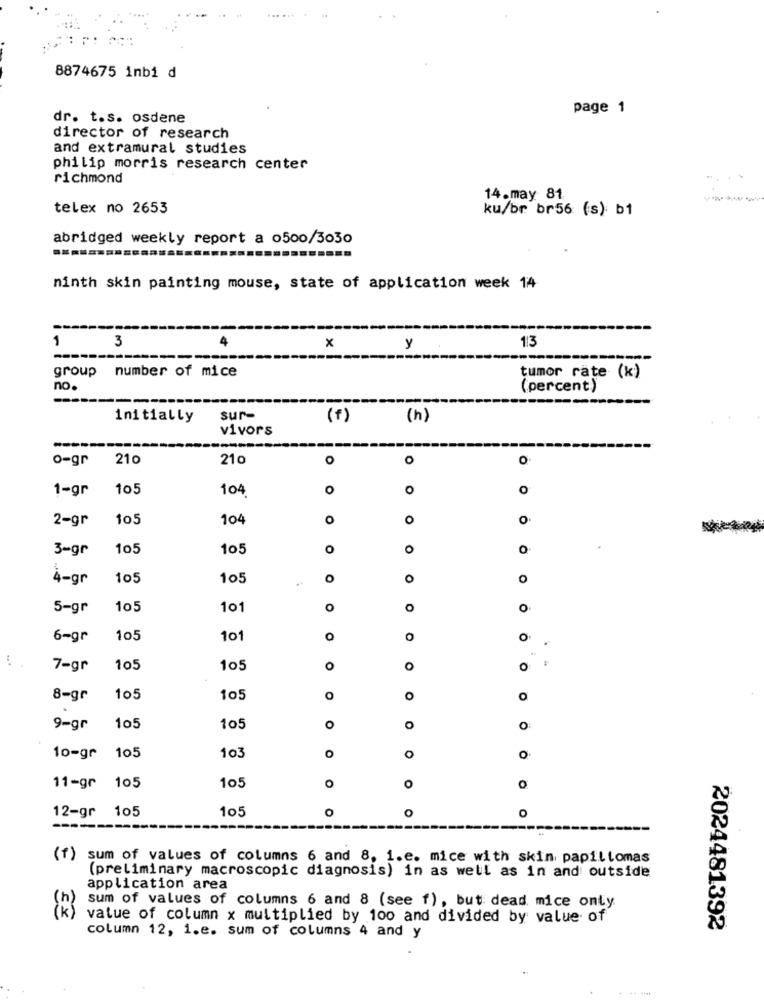
8874675 inbi d
page 1
dr. t.s. osdene
director of research
and extramural studies
philip morris research center
richmond
14.may 81.
telex no 2653
ku/br br56 (s): b1
abridged weekly report a 0500/3030
ninth skin painting mouse, state of application week 14
1
3
x
113
y
--
group number of mice
tumor rate (k)
no.
(percent)
---
initially
sur-
(f)
( h)
vivors
o-gr
210
210
o
o
o
1-gr
105
104
o
O
O
2-gr
105
104
O
O
o
3-gr
105
105
O
0
0
4-gr
105
105
O
O
O
5-gr
105
101
O
0
0
6-gr
105
101
O
O
O
7-gr
105
10
O
O
8-gr
105
105
O
O
O
105
9=gr
105
O
0
O
105
O
O
10=gr
103
0
11-gr 105
105
O
O
O
105
O
O
O
12-gr 105
-------
(f) sum of values of columns 6 and 8, 1.e. mice with skin papillomas
(preliminary macroscopic diagnosis) in as well as in and outside
application area
sum of values of columns 6 and 8 (see f), but: dead mice only.
value of column x multiplied by 100 and divided by value of
2024481392
column 12, 1.e. sum of columns 4 and y